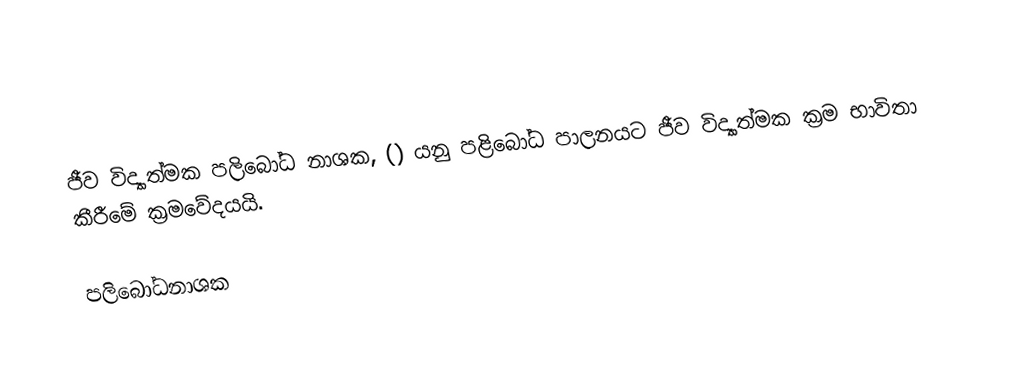
ජීව විද්‍යාත්මක පලිබෝධ නාශක, ()  යනු පළිබෝධ පාලනයට ජීව විද්‍යාත්මක ක්‍රම භාවිතා කීරීමේ ක්‍රමවේදයයි.

පලිබෝධනාශක